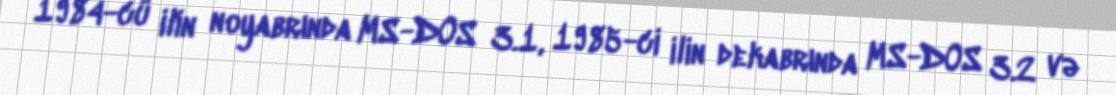
1984-cü ilin noyabrında MS-DOS 3.1, 1985-ci ilin dekabrında MS-DOS 3.2 və